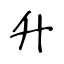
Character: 升